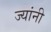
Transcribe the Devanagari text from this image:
ज्‍यांनी